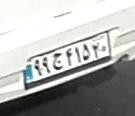
۹۹ج۴۱۵۲۰